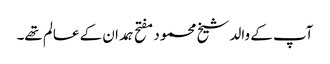
آپ کے والد شیخ محمود مفتح ہمدان کے عالم تھے۔